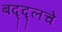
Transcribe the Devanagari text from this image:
बद्द्लचे